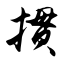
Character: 掼